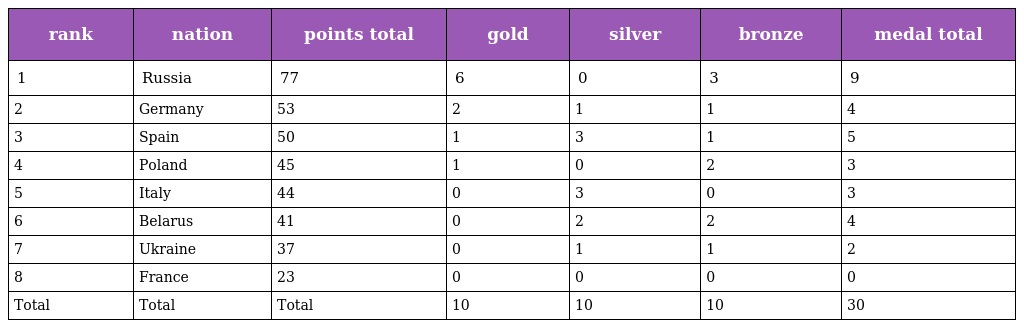
| rank | nation | points total | gold | silver | bronze | medal total |
 | --- | --- | --- | --- | --- | --- | --- |
 | 1 | Russia | 77 | 6 | 0 | 3 | 9 |
 | 2 | Germany | 53 | 2 | 1 | 1 | 4 |
 | 3 | Spain | 50 | 1 | 3 | 1 | 5 |
 | 4 | Poland | 45 | 1 | 0 | 2 | 3 |
 | 5 | Italy | 44 | 0 | 3 | 0 | 3 |
 | 6 | Belarus | 41 | 0 | 2 | 2 | 4 |
 | 7 | Ukraine | 37 | 0 | 1 | 1 | 2 |
 | 8 | France | 23 | 0 | 0 | 0 | 0 |
 | Total | Total | Total | 10 | 10 | 10 | 30 |